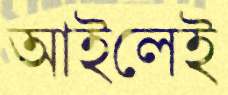
আইলেই